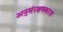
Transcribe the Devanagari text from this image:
अनुसंरक्षणकरता